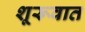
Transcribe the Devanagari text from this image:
शूरूवात